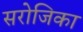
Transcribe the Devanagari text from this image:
सरोजिका